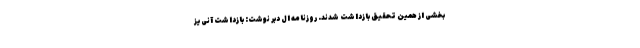
بخشی از همین تحقیق بازداشت شدند. روزنامه ال دبر نوشت: بازداشت آنی‌یز